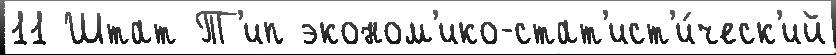
11 Штат Т'ип эконом'ико-стат'ист'и́ческ'ий